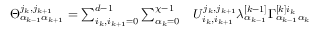
\begin{array} { r l } { \Theta _ { \alpha _ { k - 1 } \alpha _ { k + 1 } } ^ { j _ { k } , j _ { k + 1 } } = \sum _ { i _ { k } , i _ { k + 1 } = 0 } ^ { d - 1 } \sum _ { \alpha _ { k } = 0 } ^ { \chi - 1 } } & { { } U _ { i _ { k } , i _ { k + 1 } } ^ { j _ { k } , j _ { k + 1 } } \lambda _ { \alpha _ { k - 1 } } ^ { [ k - 1 ] } \Gamma _ { \alpha _ { k - 1 } \alpha _ { k } } ^ { [ k ] i _ { k } } } \end{array}